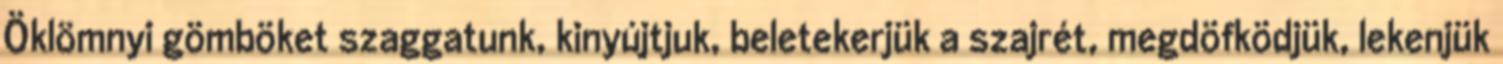
Öklömnyi gömböket szaggatunk, kinyújtjuk, beletekerjük a szajrét, megdöfködjük, lekenjük